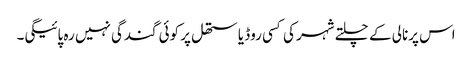
اس پرنالی کے چلتے شہر کی کسی روڈ یا ستھل پر کوئی گندگی نہیں رہ پائیگی۔